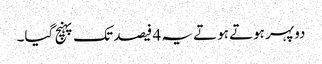
دوپہر ہوتے ہوتے یہ 4 فیصد تک پہنچ گیا۔